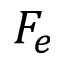
F _ { e }